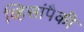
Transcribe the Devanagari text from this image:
व्हिसांपैकी